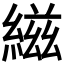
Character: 𬗭